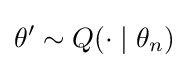
\theta '\sim Q(\cdot \mid \theta _{n})